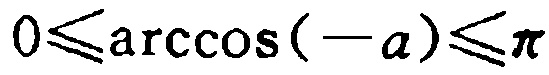
\(0\leqslant\arccos(-a)\leqslant\pi\)